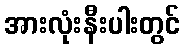
အားလုံးနီးပါးတွင်